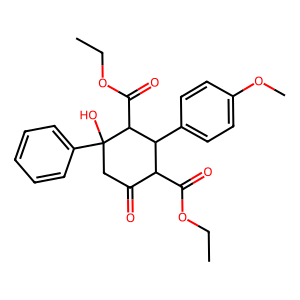
SMILES: CCOC(=O)C1C(=O)CC(O)(c2ccccc2)C(C(=O)OCC)C1c1ccc(OC)cc1
Inhibits HIV replication: No